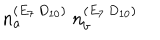
LaTeX: n _ { a } ^ { ( E _ { 7 } \, D _ { 1 0 } ) } \ n _ { b } ^ { ( E _ { 7 } \, D _ { 1 0 } ) }